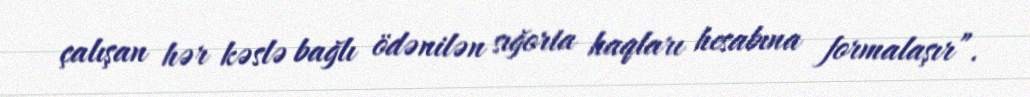
çalışan hər kəslə bağlı ödənilən sığorta haqları hesabına formalaşır”.